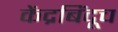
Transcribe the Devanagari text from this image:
केंद्रबिंदूच